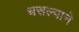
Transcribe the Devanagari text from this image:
धसल्याने